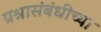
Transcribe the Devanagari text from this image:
प्रश्नासंबंधीच्या